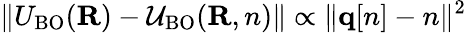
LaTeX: \| U_{\mathrm{BO}}({\mathbf R})-{\cal U}_{\mathrm{BO}}({\mathbf R,n})\| \propto\| {\mathbf q[n]-n}\| ^{2}